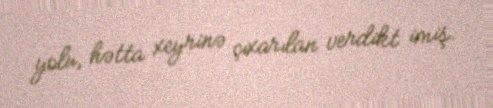
yolu, hətta xeyrinə çıxarılan verdikt imiş.